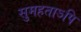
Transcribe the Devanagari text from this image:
सुमहताऽपि